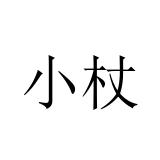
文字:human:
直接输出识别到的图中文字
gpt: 小杖